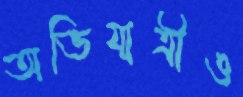
অভিযাত্রীও